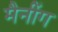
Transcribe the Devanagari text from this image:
मैनींग